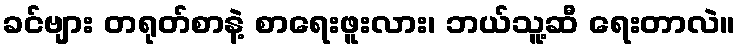
ခင်ဗျား တရုတ်စာနဲ့ စာရေးဖူးလား၊ ဘယ်သူ့ဆီ ရေးတာလဲ။